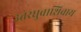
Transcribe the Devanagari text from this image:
उत्तरध्रुवाशिवाय